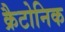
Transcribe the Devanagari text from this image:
क्रैटोनिक